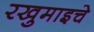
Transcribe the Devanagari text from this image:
रखुमाइचे